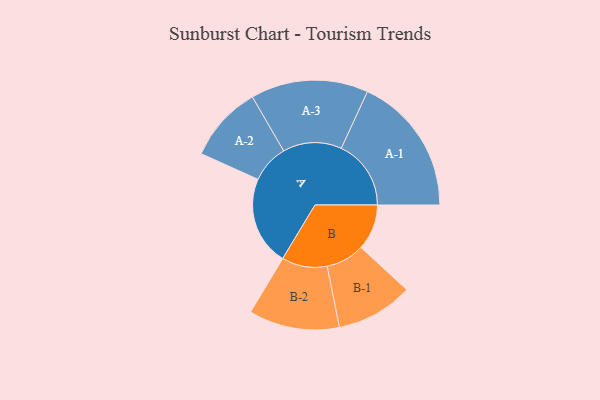
{"axis": {"x": "Segment", "y": "Value"}, "legend": ["", "A", "B"], "data": [{"x": "A", "y": 259, "type": ""}, {"x": "B", "y": 133, "type": ""}, {"x": "A-1", "y": 203, "type": "A"}, {"x": "A-2", "y": 111, "type": "A"}, {"x": "A-3", "y": 171, "type": "A"}, {"x": "B-1", "y": 112, "type": "B"}, {"x": "B-2", "y": 132, "type": "B"}]}